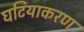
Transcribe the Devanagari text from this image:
घटियाकरण